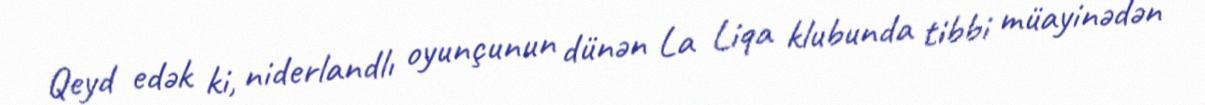
Qeyd edək ki, niderlandlı oyunçunun dünən La Liqa klubunda tibbi müayinədən